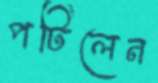
পটিলেন